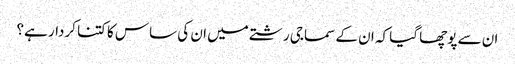
ان سے پوچھا گیا کہ ان کے سماجی رشتے میں ان کی ساس کا کتنا کردار ہے؟